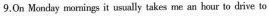
9.On Monday momings it us usually takes me an hour to drive to